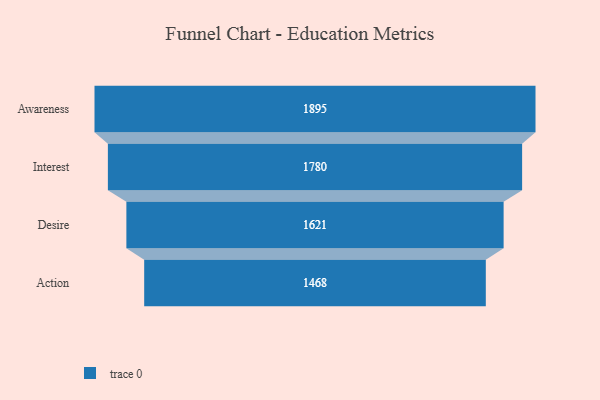
{"axis": {"x": "Stage", "y": "Value"}, "legend": [""], "data": [{"x": "Awareness", "y": 1895.0, "type": ""}, {"x": "Interest", "y": 1780.0, "type": ""}, {"x": "Desire", "y": 1621.0, "type": ""}, {"x": "Action", "y": 1468.0, "type": ""}]}